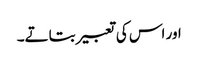
اور اس کی تعبیر بتاتے۔